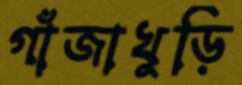
গাঁজাখুড়ি